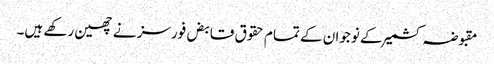
مقبوضہ کشمیر کے نوجوان کے تمام حقوق قابض فورسز نے چھین رکھے ہیں۔